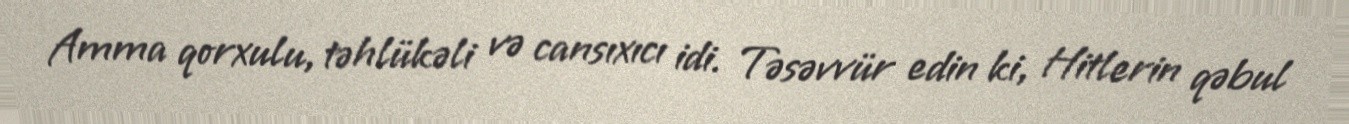
Amma qorxulu, təhlükəli və cansıxıcı idi. Təsəvvür edin ki, Hitlerin qəbul